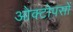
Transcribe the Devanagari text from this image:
ओक्टोपसों